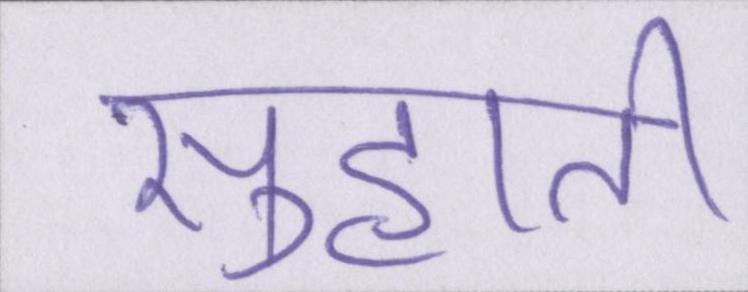
सुहाती